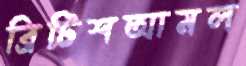
ব্রিটিশআমল